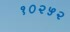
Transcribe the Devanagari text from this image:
१०२५२